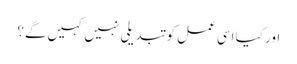
اور کیا اسی عمل کو تبدیلی نہیں کہیں گے؟